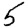
Digit: 5